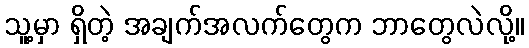
သူ့မှာ ရှိတဲ့ အချက်အလက်တွေက ဘာတွေလဲလို့။